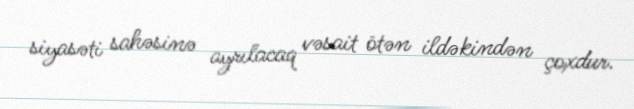
siyasəti sahəsinə ayrılacaq vəsait ötən ildəkindən çoxdur.